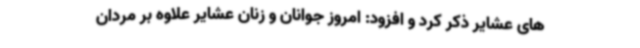
های عشایر ذکر کرد و افزود: امروز جوانان و زنان عشایر علاوه بر مردان